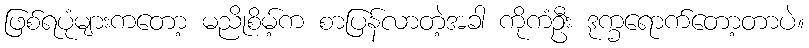
ဖြစ်ရပုံများကတော့ မညိုစိမ့်က စာပြန်လာတဲ့အခါ ကိုကံဦး ဒုက္ခရောက်တော့တာပဲ။